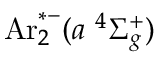
\mathrm { A r } _ { 2 } ^ { * - } ( a \ ^ { 4 } \Sigma _ { g } ^ { + } )